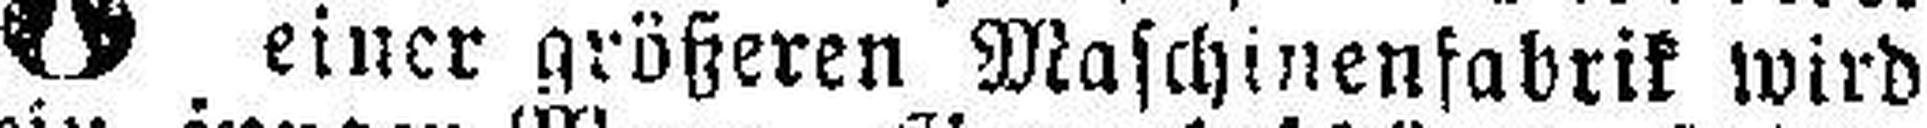
einer größeren Maschinenfabrik wird